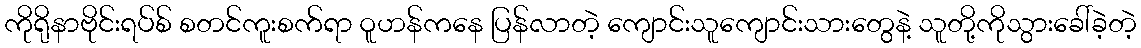
ကိုရိုနာဗိုင်းရပ်စ် စတင်ကူးစက်ရာ ဝူဟန်ကနေ ပြန်လာတဲ့ ကျောင်းသူကျောင်းသားတွေနဲ့ သူတို့ကိုသွားခေါ်ခဲ့တဲ့